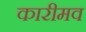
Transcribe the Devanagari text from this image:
कारीमव